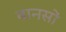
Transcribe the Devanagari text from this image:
बानसों